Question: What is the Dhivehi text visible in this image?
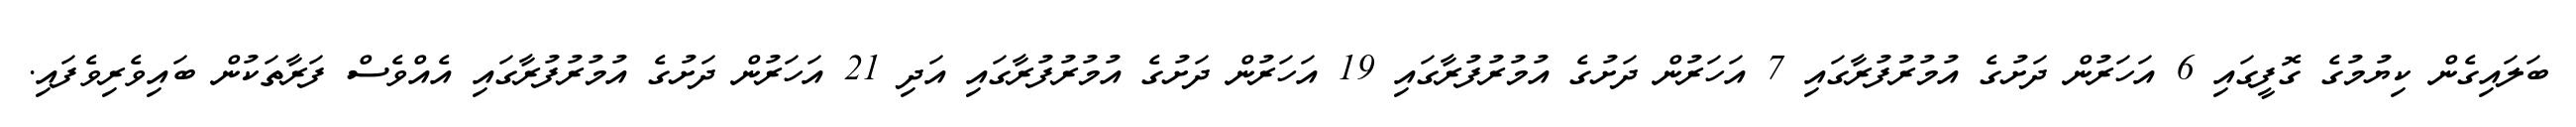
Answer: ބަލައިގެން ކިޔުމުގެ ގޮފީގައި 6 އަހަރުން ދަށުގެ އުމުރުފުރާގައި 7 އަހަރުން ދަށުގެ އުމުރުފުރާގައި 19 އަހަރުން ދަށުގެ އުމުރުފުރާގައި އަދި 21 އަހަރުން ދަށުގެ އުމުރުފުރާގައި އެއްވެސް ފަރާތަކުން ބައިވެރިވެފައި.